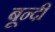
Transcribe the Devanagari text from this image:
बून्‍दी